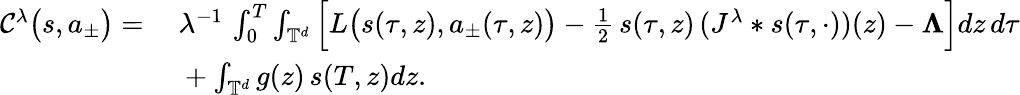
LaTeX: \begin{array}{rl}{\mathcal{C}^{\lambda}\big(s,a_{\pm}\big)=}&{\ \lambda^{-1}\, \int_{0}^{T}\int_{\mathbb{T}^{d}}\Big[L\big(s(\tau,z),a_{\pm}(\tau,z)\big)-\frac{1}{2}\, s(\tau,z)\, (J^{\lambda}*s(\tau,\cdot))(z)-\boldsymbol\Lambda\Big]dz\, d\tau}\\ &{\ +\int_{\mathbb{T}^{d}}g(z)\, s(T,z)dz.}\end{array}